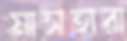
মাসহারা